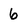
Character: 6